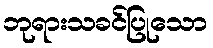
ဘုရားသခင်ပြုသော